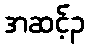
အဆင့်၃